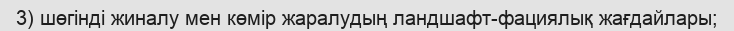
3) шөгінді жиналу мен көмір жаралудың ландшафт-фациялық жағдайлары;